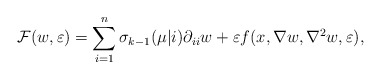
\begin{align*}\mathcal{F}(w,\varepsilon)=\sum_{i=1}^n\sigma_{k-1}(\mu|i)\partial_{ii}w+\varepsilon f(x, \nabla w, \nabla^2w, \varepsilon),\end{align*}